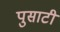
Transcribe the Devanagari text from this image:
पुसाटी